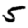
Digit: 5